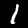
Digit: 1